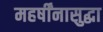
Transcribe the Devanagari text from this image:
महर्षींनासुद्धा